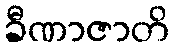
ခီဏာဇာတိ